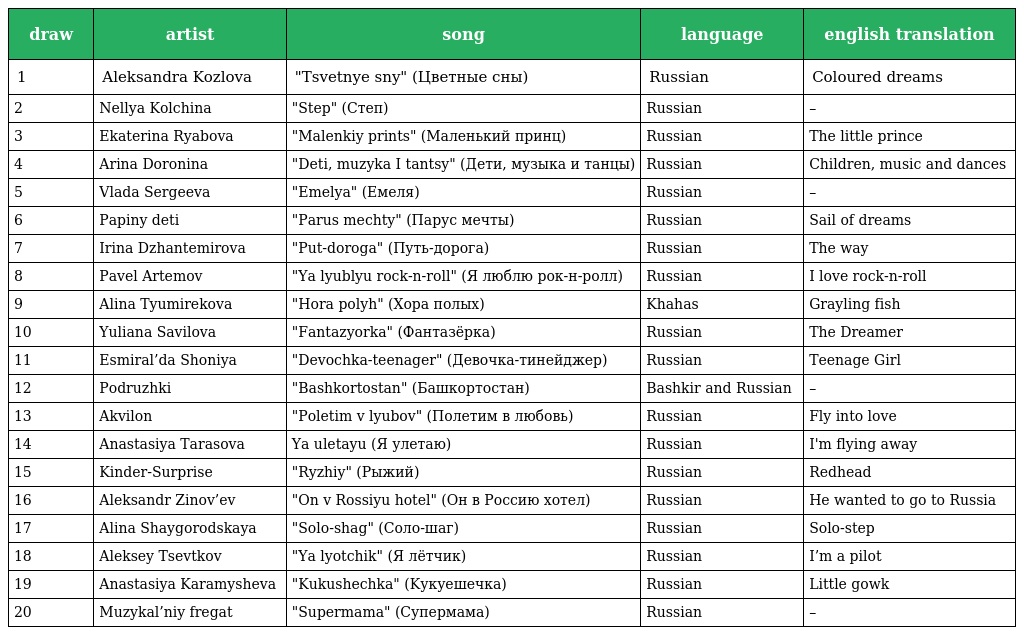
| draw | artist | song | language | english translation |
 | --- | --- | --- | --- | --- |
 | 1 | Aleksandra Kozlova | "Tsvetnye sny" (Цветные сны) | Russian | Coloured dreams |
 | 2 | Nellya Kolchina | "Step" (Степ) | Russian | – |
 | 3 | Ekaterina Ryabova | "Malenkiy prints" (Маленький принц) | Russian | The little prince |
 | 4 | Arina Doronina | "Deti, muzyka I tantsy" (Дети, музыка и танцы) | Russian | Children, music and dances |
 | 5 | Vlada Sergeeva | "Emelya" (Емеля) | Russian | – |
 | 6 | Papiny deti | "Parus mechty" (Парус мечты) | Russian | Sail of dreams |
 | 7 | Irina Dzhantemirova | "Put-doroga" (Путь-дорога) | Russian | The way |
 | 8 | Pavel Artemov | "Ya lyublyu rock-n-roll" (Я люблю рок-н-ролл) | Russian | I love rock-n-roll |
 | 9 | Alina Tyumirekova | "Hora polyh" (Хора полых) | Khahas | Grayling fish |
 | 10 | Yuliana Savilova | "Fantazyorka" (Фантазёрка) | Russian | The Dreamer |
 | 11 | Esmiral’da Shoniya | "Devochka-teenager" (Девочка-тинейджер) | Russian | Teenage Girl |
 | 12 | Podruzhki | "Bashkortostan" (Башкортостан) | Bashkir and Russian | – |
 | 13 | Akvilon | "Poletim v lyubov" (Полетим в любовь) | Russian | Fly into love |
 | 14 | Anastasiya Tarasova | Ya uletayu (Я улетаю) | Russian | I'm flying away |
 | 15 | Kinder-Surprise | "Ryzhiy" (Рыжий) | Russian | Redhead |
 | 16 | Aleksandr Zinov’ev | "On v Rossiyu hotel" (Он в Россию хотел) | Russian | He wanted to go to Russia |
 | 17 | Alina Shaygorodskaya | "Solo-shag" (Соло-шаг) | Russian | Solo-step |
 | 18 | Aleksey Tsevtkov | "Ya lyotchik" (Я лётчик) | Russian | I’m a pilot |
 | 19 | Anastasiya Karamysheva | "Kukushechka" (Kукуешечка) | Russian | Little gowk |
 | 20 | Muzykal’niy fregat | "Supermama" (Супермама) | Russian | – |